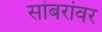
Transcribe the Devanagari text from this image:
सांबरांवर